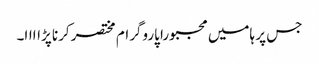
جس پر ہامیں مجبورا پاروگرام مختصر کرنا پڑاااا۔